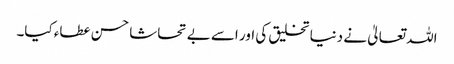
اللہ تعالیٰ نے دنیا تخلیق کی اور اسے بے تحاشا حسن عطاء کیا۔